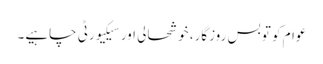
عوام کو تو بس روزگار، خوشحالی اور سیکیورٹی چاہیے۔